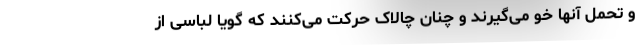
و تحمل آنها خو می‌گیرند و چنان چالاک حرکت می‌کنند که گویا لباسی از